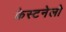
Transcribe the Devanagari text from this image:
क्रेस्टनेलो